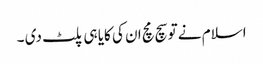
اسلام نے تو سچ مچ ان کی کایا ہی پلٹ دی ۔